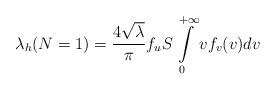
LaTeX: \begin{align*}\lambda_h(N=1)=\frac{4\sqrt{\lambda}}{\pi}f_uS\int\limits_0^{+\infty}vf_v(v)dv\end{align*}